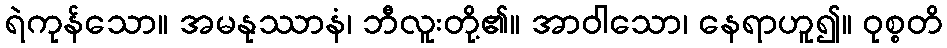
ရဲကုန်သော။ အမနုဿာနံ၊ ဘီလူးတို့၏။ အာဝါသော၊ နေရာဟူ၍။ ဝုစ္စတိ